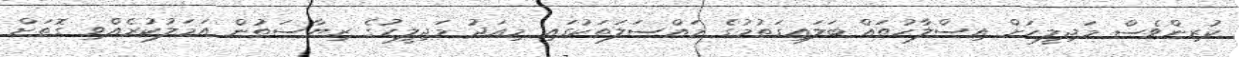
ކުރިންވެސް މަޖިލީހަށް އިސްލާހުތައް ބަލައިގަތުމުގެ މައްސަލަތަކުގައި މިއަދު މަޖިލީހުގެ ރިޔާސަތުން އަމަލުކުރެއްވި ގޮތަށް